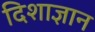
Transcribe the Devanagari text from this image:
दिशाज्ञान